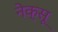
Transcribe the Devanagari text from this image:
नेक्सू